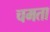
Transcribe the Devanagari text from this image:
चमता